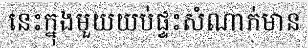
នេះក្នុងមួយយប់ផ្ទះសំណាក់មាន